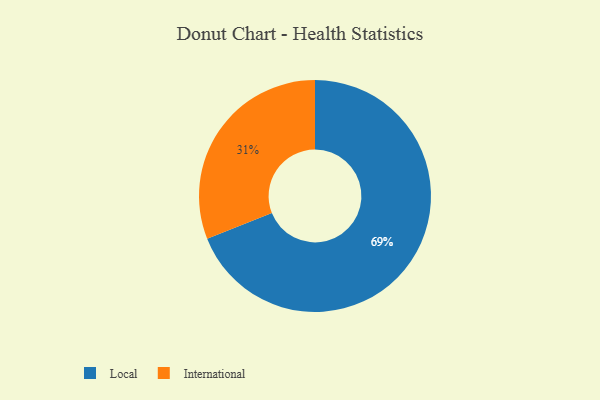
{"axis": {"x": "Category", "y": "Percentage"}, "legend": ["International", "Local"], "data": [{"x": "Local", "y": 69, "type": "Local"}, {"x": "International", "y": 31, "type": "International"}]}